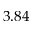
3 . 8 4